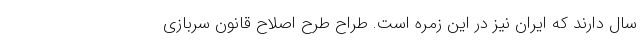
سال دارند که ایران نیز در این زمره است. طراح طرح اصلاح قانون سربازی